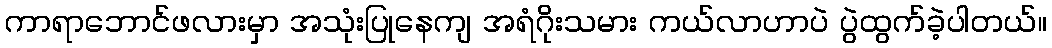
ကာရာဘောင်ဖလားမှာ အသုံးပြုနေကျ အရံဂိုးသမား ကယ်လာဟာပဲ ပွဲထွက်ခဲ့ပါတယ်။